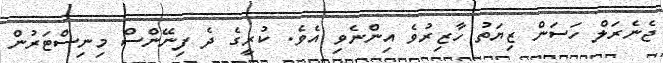
ޖެނެރަލް ހަސަން ޒިޔަތު ހާޒިރުވެ އިންނެވި އެވެ. ކުރީގެ ދެ ފިނޭންސް މިނިސްޓަރުން